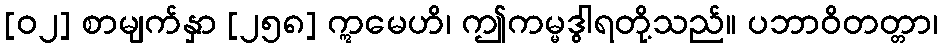
[၀၂] စာမျက်နှာ [၂၅၈] ဣမေဟိ၊ ဤကမ္မဒွါရတို့သည်။ ပဘာဝိတတ္တာ၊